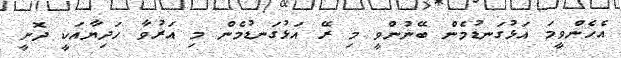
އެހެންވީމަ އަޅުގަނޑުމެން ބޭނުންވީ މި ރޭ އަޅުގަނޑުމެން މި އަރުވާ ހަދިޔާއަކީ ދޮށީ